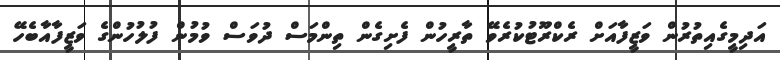
އަދިމީގެއިތުރުން ވަޒީފާއަށް ރެކްރޫޓުކުރެވޭ ތާރީހުން ފެށިގެން ތިންމަސް ދުވަސް ވުމުން ފުލުހުންގެ ވަޒީފާއާބެހޭ